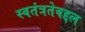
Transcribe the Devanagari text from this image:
स्वतंत्रतेबद्दल